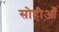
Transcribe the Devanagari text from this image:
सोहीआँ